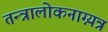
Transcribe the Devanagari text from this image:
तन्त्रालोकनाग्न्यत्र